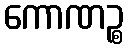
ကောဏဉ္စ